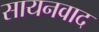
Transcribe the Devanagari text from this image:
सायनवाद